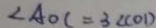
\angle A O C = 3 \angle C O D